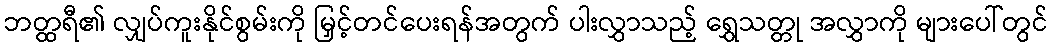
ဘတ္ထရီ၏ လျှပ်ကူးနိုင်စွမ်းကို မြှင့်တင်ပေးရန်အတွက် ပါးလွှာသည့် ရွှေသတ္တု အလွှာကို များပေါ်တွင်